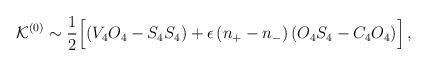
LaTeX: \begin{align*}{\cal K}^{(0)} \sim \frac{1}{2}\Big[(V_4 O_4 - S_4 S_4) + \epsilon\,(n_+-n_-)\, (O_4 S_4 - C_4 O_4)\Big] \,,\end{align*}